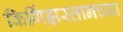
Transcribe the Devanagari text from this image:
किर्गिझस्तानच्या